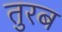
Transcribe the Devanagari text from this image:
तुरब